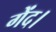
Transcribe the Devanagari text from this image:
गेंद।